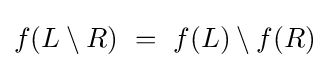
f(L\setminus R)~=~f(L)\setminus f(R)